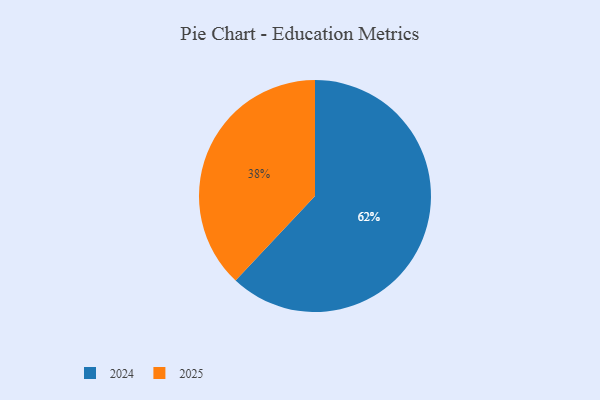
{"axis": {"x": "Category", "y": "Percentage"}, "legend": ["2024", "2025"], "data": [{"x": "2024", "y": 62, "type": "2024"}, {"x": "2025", "y": 38, "type": "2025"}]}